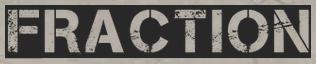
FRACTION